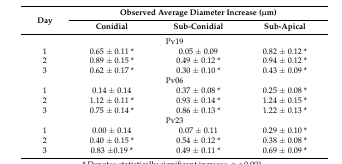
<table><thead><tr><td rowspan="2"><b>Day</b></td><td colspan="3"><b>Observed Average Diameter Increase (μm)</b></td></tr><tr><td><b>Conidial</b></td><td><b>Sub-Conidial</b></td><td><b>Sub-Apical</b></td></tr></thead><tbody><tr><td colspan="4">Pv19</td></tr><tr><td>1</td><td>0.65 ± 0.11 *</td><td>0.05 ± 0.09</td><td>0.82 ± 0.12 *</td></tr><tr><td>2</td><td>0.89 ± 0.15 *</td><td>0.49 ± 0.12 *</td><td>0.94 ± 0.12 *</td></tr><tr><td>3</td><td>0.62 ± 0.17 *</td><td>0.30 ± 0.10 *</td><td>0.43 ± 0.09 *</td></tr><tr><td colspan="4">Pv06</td></tr><tr><td>1</td><td>0.14 ± 0.14</td><td>0.37 ± 0.08 *</td><td>0.25 ± 0.08 *</td></tr><tr><td>2</td><td>1.12 ± 0.11 *</td><td>0.93 ± 0.14 *</td><td>1.24 ± 0.15 *</td></tr><tr><td>3</td><td>0.75 ± 0.14 *</td><td>0.86 ± 0.13 *</td><td>1.22 ± 0.13 *</td></tr><tr><td colspan="4">Pv23</td></tr><tr><td>1</td><td>0.00 ± 0.14</td><td>0.07 ± 0.11</td><td>0.29 ± 0.10 *</td></tr><tr><td>2</td><td>0.40 ± 0.15 *</td><td>0.54 ± 0.12 *</td><td>0.38 ± 0.08 *</td></tr><tr><td>3</td><td>0.83 ±0.19 *</td><td>0.49 ± 0.11 *</td><td>0.69 ± 0.09 *</td></tr></tbody></table>